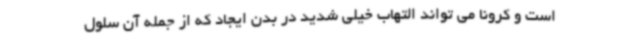
است و کرونا می تواند التهاب خیلی شدید در بدن ایجاد که از جمله آن سلول